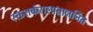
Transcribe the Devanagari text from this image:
रक्तशर्कराल्पताजनित